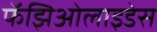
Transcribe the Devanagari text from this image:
फॅझिओलाइडेस